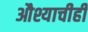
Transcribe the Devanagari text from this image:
औश्याचीही